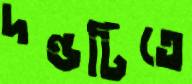
দণ্ডটিতে